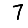
Digit: 7